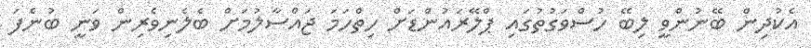
އެކުދިން ބޭނުންވީ ލިބޭ ހުސްވަގުތުގައި ޕްލޭރައުންޑަށް ހިތްހަމަ ޖައްސާލުމަށް ބެލެނިވެރިން ވަނީ ބުނެފަ